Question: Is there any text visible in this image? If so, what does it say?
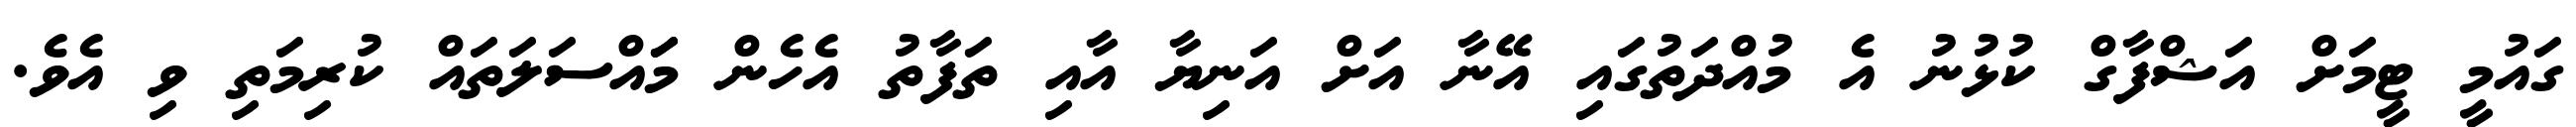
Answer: ގައުމީ ޓީމަށް އަޝްފާގް ކުޅުނު އެ މުއްދަތުގައި އޭނާ އަށް އަނިޔާ އާއި ތަފާތު އެހެން މަައްސަލަތައް ކުރިމަތި ވި އެވެ.